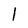
Character: l